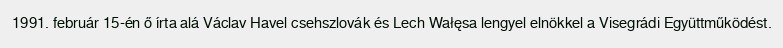
1991. február 15-én ő írta alá Václav Havel csehszlovák és Lech Wałęsa lengyel elnökkel a Visegrádi Együttműködést.